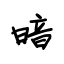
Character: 暗